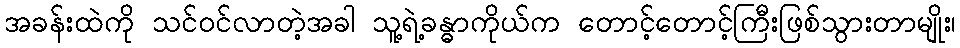
အခန်းထဲကို သင်ဝင်လာတဲ့အခါ သူ့ရဲ့ခန္ဓာကိုယ်က တောင့်တောင့်ကြီးဖြစ်သွားတာမျိုး၊